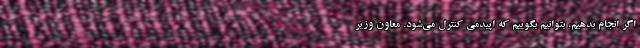
اگر انجام بدهیم، بتوانیم بگوییم که اپیدمی کنترل می‌شود. معاون وزیر